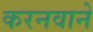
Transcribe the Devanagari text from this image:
करनवाने